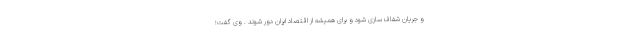
و جریان شفاف سازی شود و برای همیشه از اقتصاد ایران دور شوند . وی گفت؛